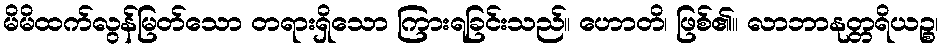
မိမိထက်လွန်မြတ်သော တရားရှိသော ကြားရခြင်းသည်။ ဟောတိ၊ ဖြစ်၏။ လာဘာနုတ္တရိယဉ္စ၊